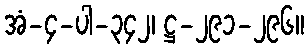
အံ-၄-ပါ-၃၄၂၊ ဋ္ဌ-၂၉၁-၂၉၆။